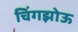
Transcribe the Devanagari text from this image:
चिंगझोऊ